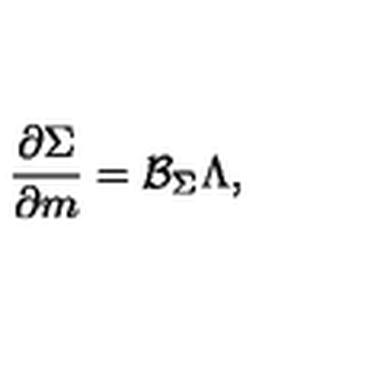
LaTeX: \frac { \partial \Sigma } { \partial m } = \mathcal { B } _ { \Sigma } \Lambda ,